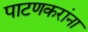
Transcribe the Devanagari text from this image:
पाटणकरांना